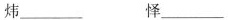
炜___ 怿___